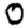
Digit: 0